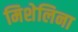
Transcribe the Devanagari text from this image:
मिशेलिना